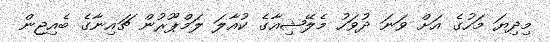
މިދިޔަ މަހުގެ އަށް ވަނަ ދުވަހު މެލޭޝިއާގެ ކުއާލަ ލަމްޕޫރުން ޗައިނާގެ ބެއިޖިން